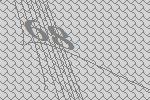
68